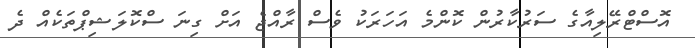
އޮސްޓްރޭލިއާގެ ސަރުކާރުން ކޮންމެ އަހަރަކު ވެސް ރާއްޖެ އަށް ގިނަ ސްކޮލަޝިޕްތަކެއް ދެ